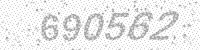
Solution: 690562